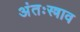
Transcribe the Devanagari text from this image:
अंतःस्त्राव